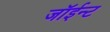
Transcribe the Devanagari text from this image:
जॉईन्ट